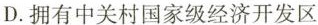
D.拥有中关村国家级经济开发区